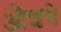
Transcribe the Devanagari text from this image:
औशधे